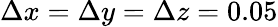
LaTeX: \Delta x=\Delta y=\Delta z=0.05